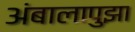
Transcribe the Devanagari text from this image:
अंबालापुझा